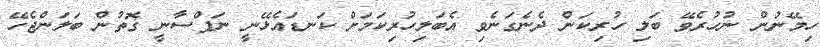
ހިމޭނުން ނުހުރެވޭ ބަލި ހުރިކަން ދެނެގަނެވި އެބަލިހުރިކަމަށް ކަނޑައެޅޭނީ ނަފްސާނީ ގޮތުން ބަލަންޖެހޭ